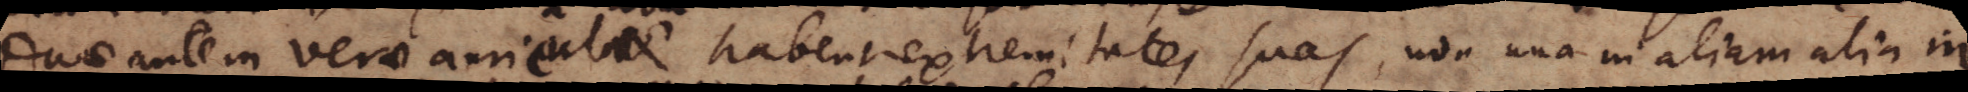
Duae autem verae auriculae habent extremitates suas, non una in aliam alia in